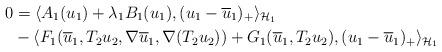
LaTeX: \begin{align*}0 &= \langle A_1(u_1)+\lambda_1 B_1(u_1),(u_1-\overline{u}_1)_+\rangle_{\mathcal{H}_1} \\&- \langle F_1(\overline{u}_1,T_2u_2,\nabla \overline{u}_1,\nabla (T_2u_2))+G_1(\overline{u}_1,T_2u_2),(u_1-\overline{u}_1)_+\rangle_{\mathcal{H}_1}\end{align*}